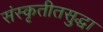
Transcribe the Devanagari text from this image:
संस्कृतीतसुद्धा